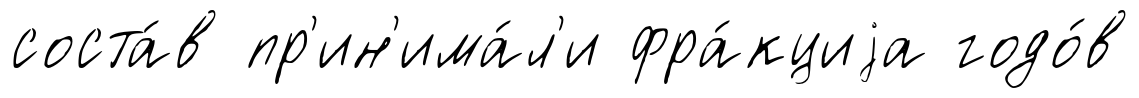
соста́в пр'ин'има́л'и фра́кциjа годо́в